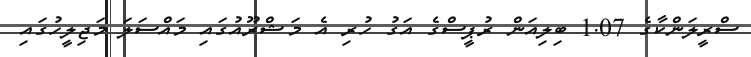
ސްރީލަންކާގެ 1.07 ބިލިއަން ރުޕީސްގެ އަގު ހުރި އެ މަޝްރޫއުގައި މައްސަލަ މަޖިލީހުގައި